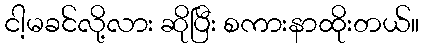
ငါ့မခင်လို့လား ဆိုပြီး စကားနာထိုးတယ်။